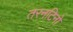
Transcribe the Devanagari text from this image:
तरनटिनो